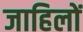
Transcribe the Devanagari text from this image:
जाहिलों